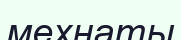
мехнаты